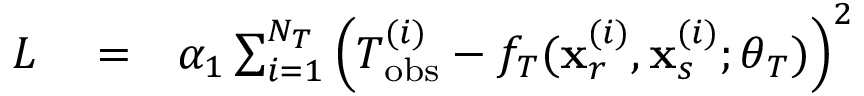
\begin{array} { r l r } { L } & { { } = } & { \alpha _ { 1 } \sum _ { i = 1 } ^ { N _ { T } } \left( T _ { \mathrm { o b s } } ^ { ( i ) } - f _ { T } ( \mathbf { x } _ { r } ^ { ( i ) } , \mathbf { x } _ { s } ^ { ( i ) } ; \boldsymbol { \theta } _ { T } ) \right) ^ { 2 } } \end{array}